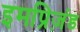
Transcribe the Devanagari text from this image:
इमप्रिज़ंड